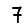
Digit: 7